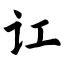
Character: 讧